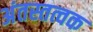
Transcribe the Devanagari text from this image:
अंतस्तत्वक